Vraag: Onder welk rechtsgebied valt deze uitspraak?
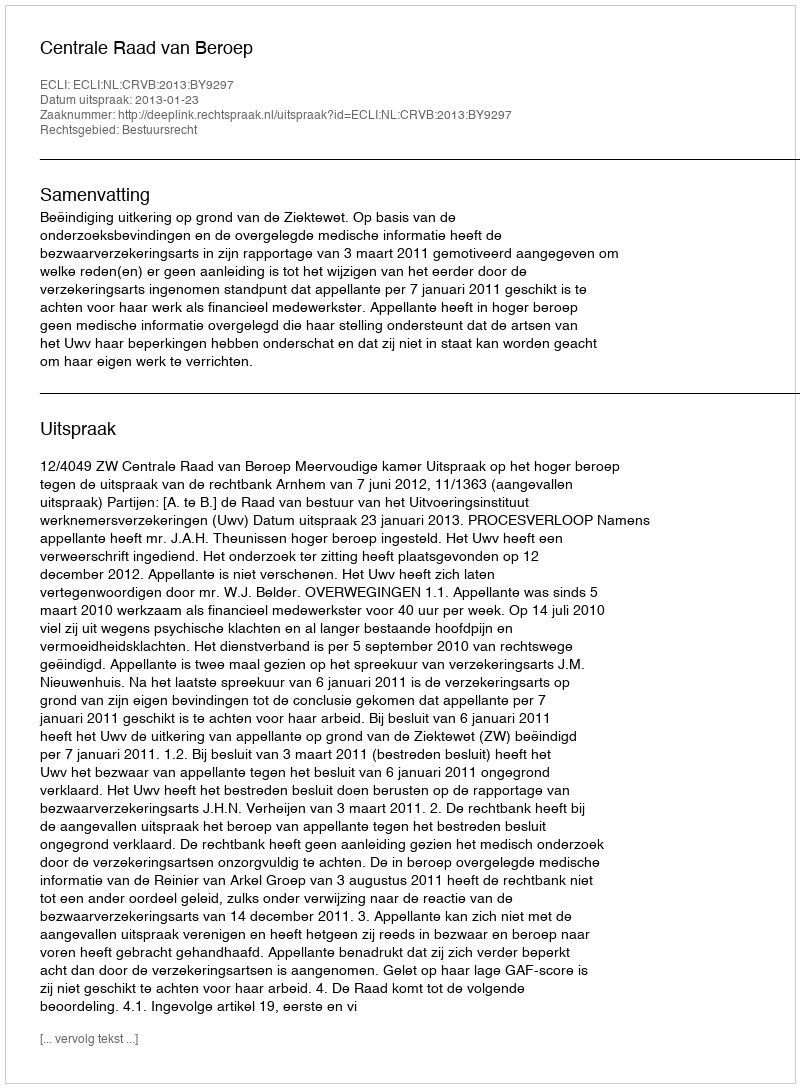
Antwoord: Bestuursrecht